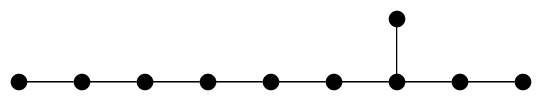
\unitlength1mm   \begin{picture}(66,10)   \multiput(1,0)(8,0){9}{\circle*{2}}   \put(49,8){\circle*{2}}   \multiput(2,0)(8,0){8}{\line(1,0){6}}   \put(49,1){\line(0,1){6}}  \end{picture}